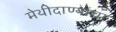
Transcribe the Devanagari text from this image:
मेथीदाण्यांचा